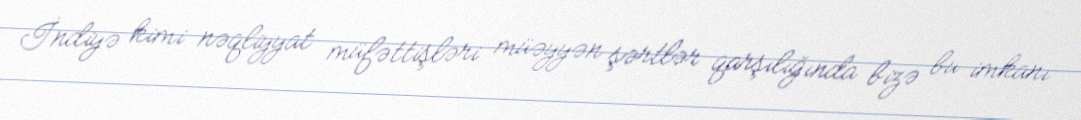
İndiyə kimi nəqliyyat müfəttişləri müəyyən şərtlər qarşılığında bizə bu imkanı